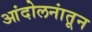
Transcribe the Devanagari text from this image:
आंदोलनांतून